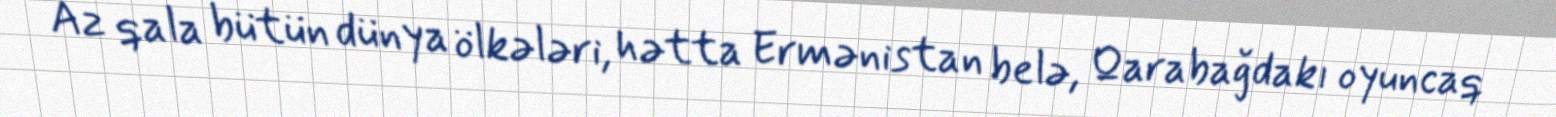
Az qala bütün dünya ölkələri, hətta Ermənistan belə, Qarabağdakı oyuncaq